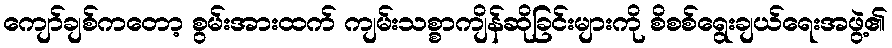
ကျော်ချစ်ကတော့ စွမ်းအားထက် ကျမ်းသစ္စာကျိန်ဆိုခြင်းများကို စိစစ်ရွေးချယ်ရေးအဖွဲ့၏